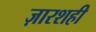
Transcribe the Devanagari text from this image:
ज़ारशही